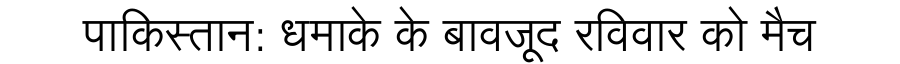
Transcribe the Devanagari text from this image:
पाकिस्तान: धमाके के बावजूद रविवार को मैच